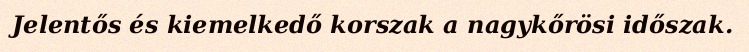
Jelentős és kiemelkedő korszak a nagykőrösi időszak.